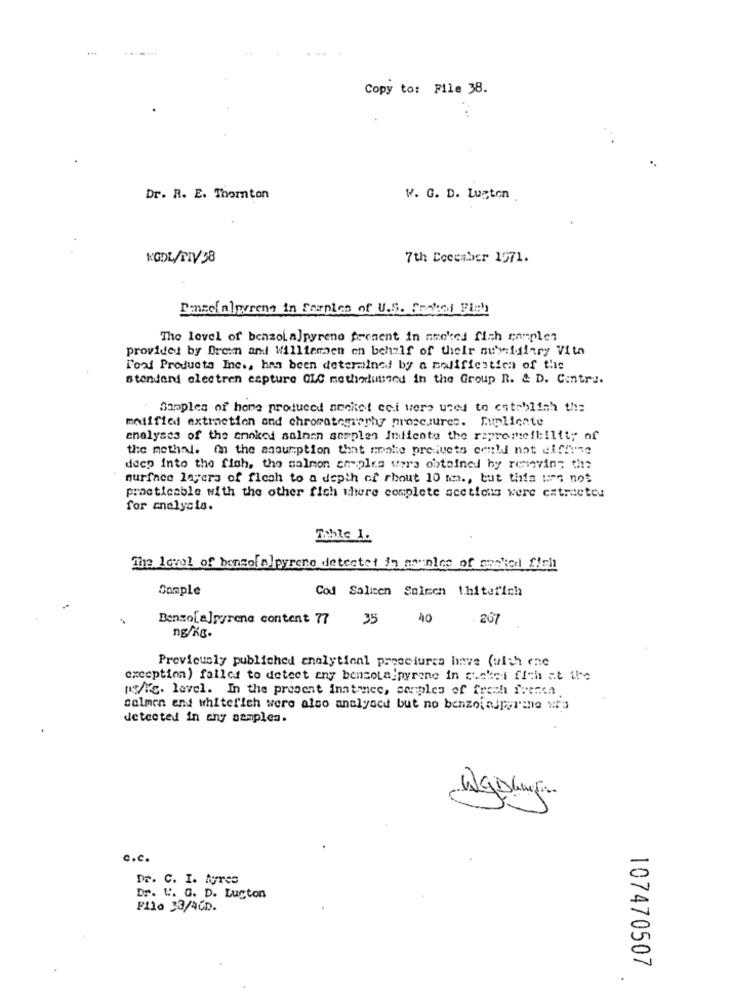
Copy to: File 38.
..
Dr. R. E. Thornton
W. G. D. Luston
KODL/DIV38
7th December 1971.
Ensefalpyrene in Samples of U.S. Fratas Fish
The level of benzol alpyrene present in necked fish camples
provided by Drew and Williamaen en behalf of their subsidiary Vith
Toaf Products Inc ., has been determined by a modification of the
stendant electren capture GLC methodluused in the Group R. & D. Contre.
Samples of hong produced aneket cc.i were used to establish the
modified extraction and chromatography proscuures. Duplicate
analyses of the smoked salmon sesples Indicate the rapromeibility of
the methal. On the assumption that make preluets could not diffune
deep into the fish, the salmon cheples wars obtained by removing the
surface layers of flesh to a depth of rhout 10 mm ., but tifa :: 7 not
practicable with the other fich there complete sections were extractos
for analysis.
Tohle 1.
The level of bensof alpyrene detectet in samples of soaked fich
Sample
Cod Salien Salmon thiterich
Benzo[ a]pyrene content 77
35
40
. 267
ng/Kg.
Previously publiched analytical procedures have (with ene
exception) falles to detect any bensolajpyrene in cuskei fich at ile
rs/F's. level. In the present inatmnec, samples of fresh fresca
colmen end whiterich were also analysed but no benzoinJferme urs
detected in any samples.
c.c.
Dr. C. I. Myres
Dr. U. G. D. Lucton
Filo 33/46D.
107470507